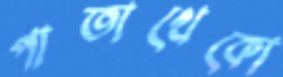
পাতাখেকো